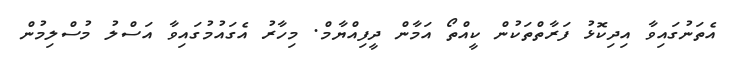
އެތަނުގައިވާ އިދިކޮޅު ފަރާތްތަކުން ކީއްތޯ އަމާން ދީފިއްޔާމް. މިހާރު އެގައުމުގައިވާ އަސްލު މުސްލިމުން